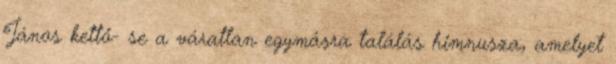
János kettő- se a váratlan egymásra találás himnusza, amelyet